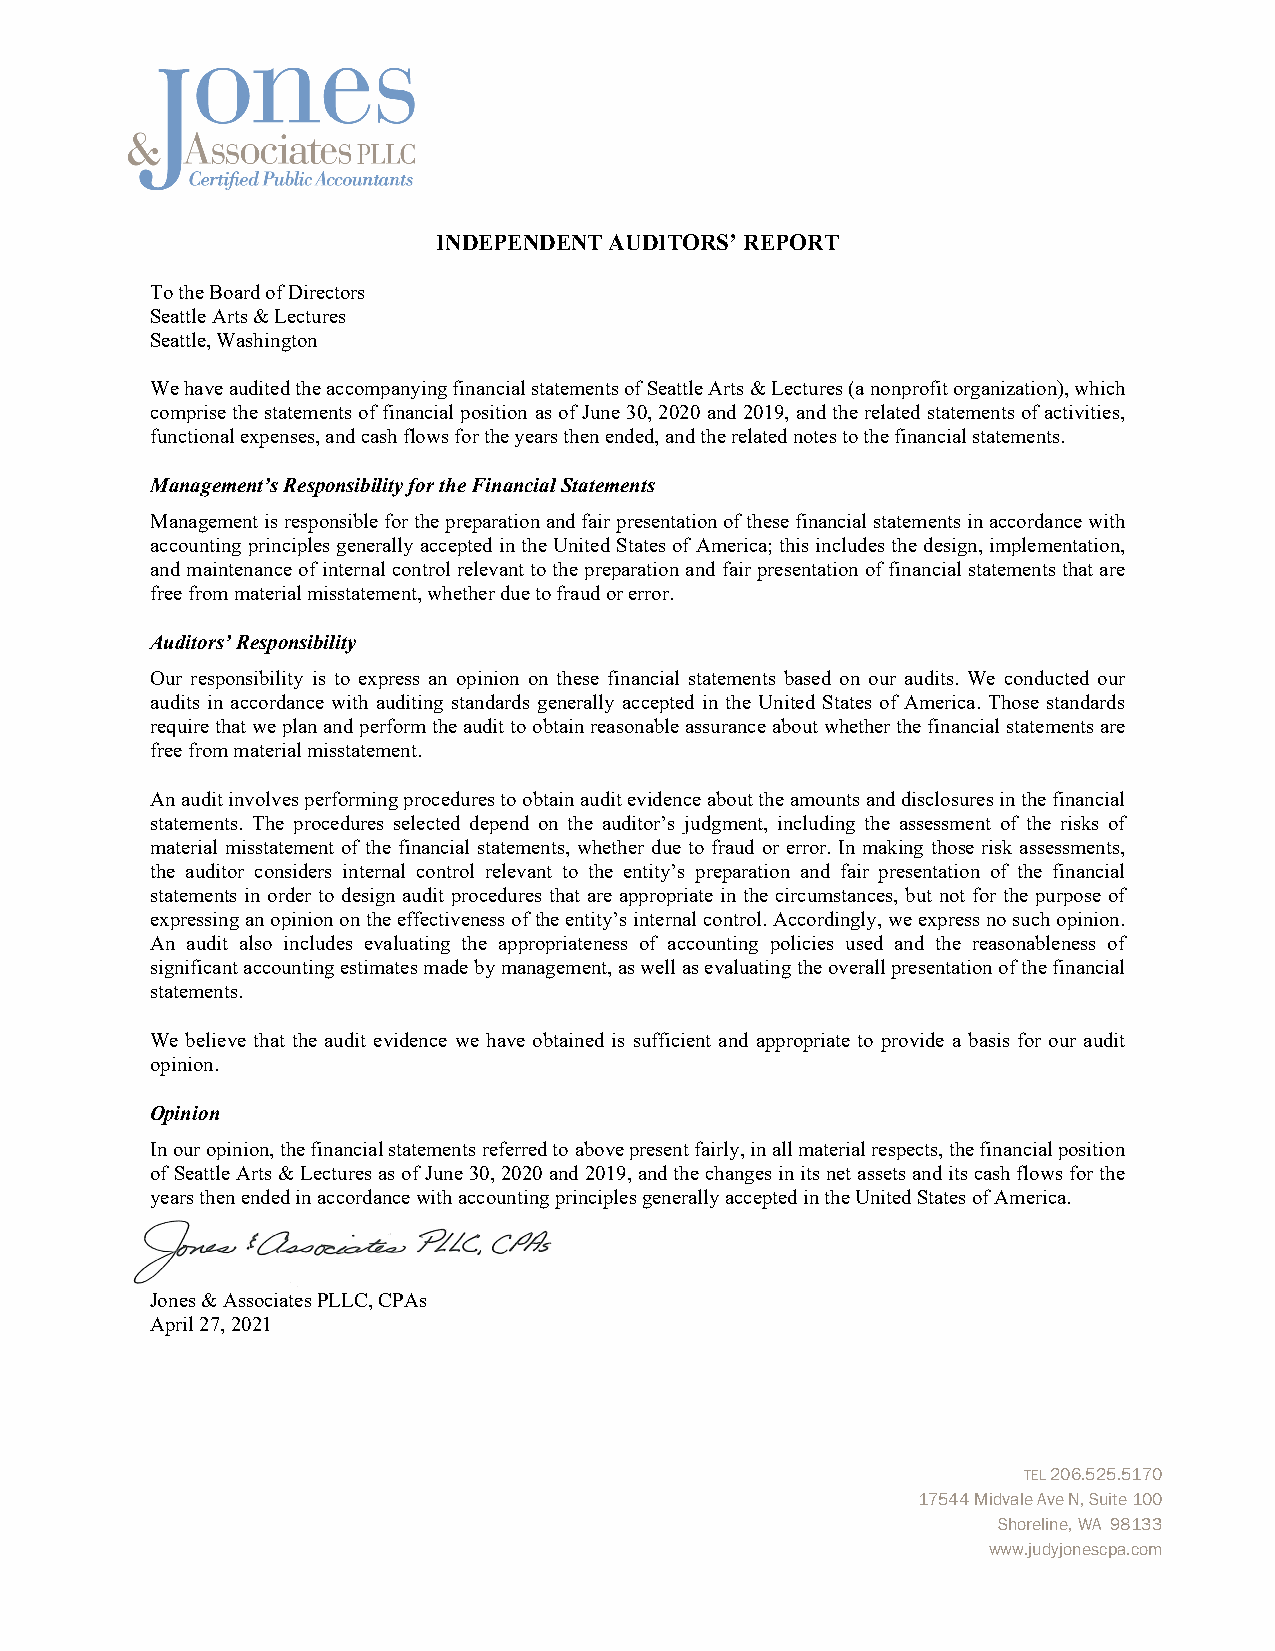
INDEPENDENT AUDITORS’ REPORT
 To the Board of Directors
 Seattle Arts & Lectures
 Seattle, Washington
 We have audited the accompanying financial statements of Seattle Arts & Lectures (a nonprofit organization), which
 comprise the statements of financial position as of June 30, 2020 and 2019, and the related statements of activities,
 functional expenses, and cash flows for the years then ended, and the related notes to the financial statements.
 Management’s Responsibility for the Financial Statements
 Management is responsible for the preparation and fair presentation of these financial statements in accordance with
 accounting principles generally accepted in the United States of America; this includes the design, implementation,
 and maintenance of internal control relevant to the preparation and fair presentation of financial statements that are
 free from material misstatement, whether due to fraud or error.
 Auditors’ Responsibility
 Our responsibility is to express an opinion on these financial statements based on our audits. We conducted our
 audits in accordance with auditing standards generally accepted in the United States of America. Those standards
 require that we plan and perform the audit to obtain reasonable assurance about whether the financial statements are
 free from material misstatement.
 An audit involves performing procedures to obtain audit evidence about the amounts and disclosures in the financial
 statements. The procedures selected depend on the auditor’s judgment, including the assessment of the risks of
 material misstatement of the financial statements, whether due to fraud or error. In making those risk assessments,
 the auditor considers internal control relevant to the entity’s preparation and fair presentation of the financial
 statements in order to design audit procedures that are appropriate in the circumstances, but not for the purpose of
 expressing an opinion on the effectiveness of the entity’s internal control. Accordingly, we express no such opinion.
 An audit also includes evaluating the appropriateness of accounting policies used and the reasonableness of
 significant accounting estimates made by management, as well as evaluating the overall presentation of the financial
 statements.
 We believe that the audit evidence we have obtained is sufficient and appropriate to provide a basis for our audit
 opinion.
 Opinion
 In our opinion, the financial statements referred to above present fairly, in all material respects, the financial position
 of Seattle Arts & Lectures as of June 30, 2020 and 2019, and the changes in its net assets and its cash flows for the
 years then ended in accordance with accounting principles generally accepted in the United States of America.
 Jones & Associates PLLC, CPAs
 April 27, 2021
 TEL 206.525.5170
 17544 Midvale Ave N, Suite 100
 Shoreline, WA 98133
 www.judyjonescpa.com